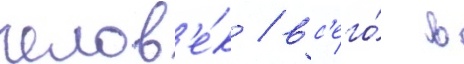
челов'е́к / вс'его́ в